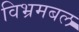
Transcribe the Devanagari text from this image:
विभ्रमबल